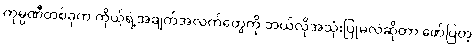
ကုမ္ပဏီတစ်ခုက ကိုယ့်ရဲ့အချက်အလက်တွေကို ဘယ်လိုအသုံးပြုမလဲဆိုတာ ဖော်ပြတဲ့